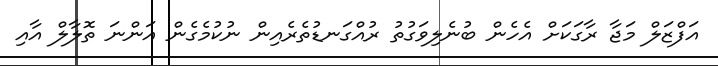
އަފްޒަލް މަޖާ ރާގަކަށް އެހެން ބުނެލިވަގުތު ރުއްގަނޑުތެރެއިން ނުކުމެގެން އަންނަ ތޮލާލް އާއި